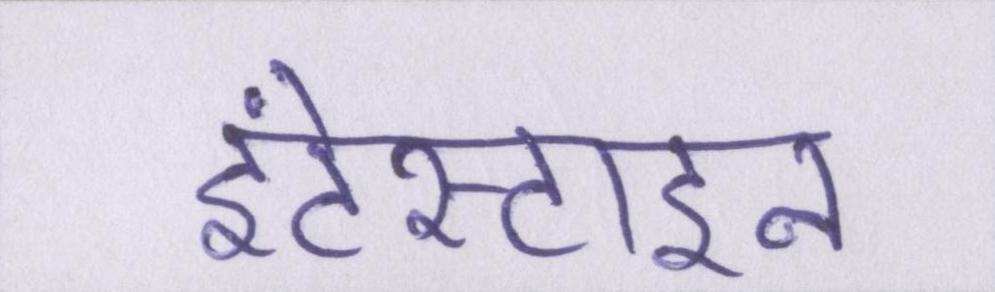
इंटेस्टाइन